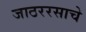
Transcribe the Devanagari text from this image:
जाठररसाचे